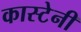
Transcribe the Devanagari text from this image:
कास्टेनी